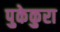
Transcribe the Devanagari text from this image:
पुकेकुरा